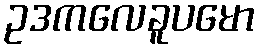
ဥဒကလေခူပမော